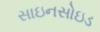
સાઇનસોઇડ